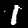
Label: 1